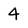
Character: 4